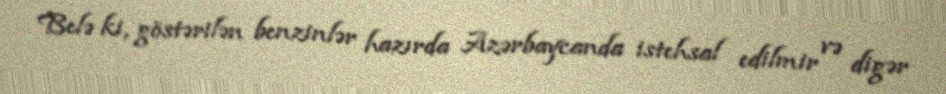
Belə ki, göstərilən benzinlər hazırda Azərbaycanda istehsal edilmir və digər